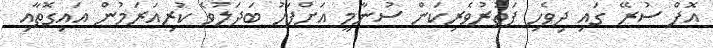
އޮފް ސުރޭ ގައި ދިވެހި ފަތުރުވެރިކަން ސުނާމީ އަށްފަހު ބަދަލުވެ ކުރިއަރަމުން އައިގޮތާއި